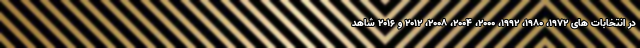
در انتخابات های 1972، 1980، 1992، 2000، 2004، 2008، 2012 و 2016 شاهد